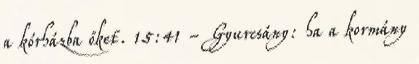
a kórházba őket. 15:41 - Gyurcsány: ha a kormány